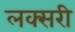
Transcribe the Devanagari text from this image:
लक्सरी